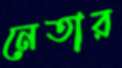
নেতার